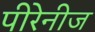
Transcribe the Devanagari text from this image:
पीरेनीज